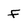
Character: f